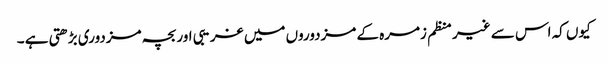
کیوں کہ اس سے غیر منظم زمرہ کے مزدوروں میں غریبی اور بچہ مزدوری بڑھتی ہے ۔